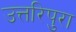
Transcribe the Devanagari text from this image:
उत्तरिपुरा